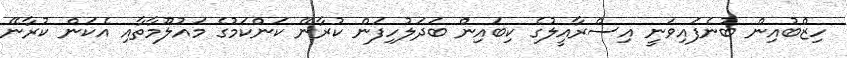
ހިޒްބުއިން ބުނެފައިވަނީ އިސްރާއީލުގެ ކިބައިން ބަދަލުހިފަން ކުރާނޭ ކަންކަމުގެ މައުލޫމާތާއި އެކަން ކުރާނޭ